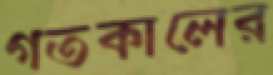
গতকালের